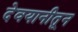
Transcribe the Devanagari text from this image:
देवयानीतून